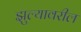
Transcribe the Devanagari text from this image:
झुल्यावरील